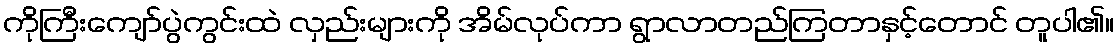
ကိုကြီးကျော်ပွဲကွင်းထဲ လှည်းများကို အိမ်လုပ်ကာ ရွာလာတည်ကြတာနှင့်တောင် တူပါ၏။